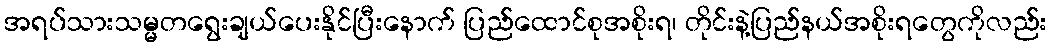
အရပ်သားသမ္မတရွေးချယ်ပေးနိုင်ပြီးနောက် ပြည်ထောင်စုအစိုးရ၊ တိုင်းနဲ့ပြည်နယ်အစိုးရတွေကိုလည်း